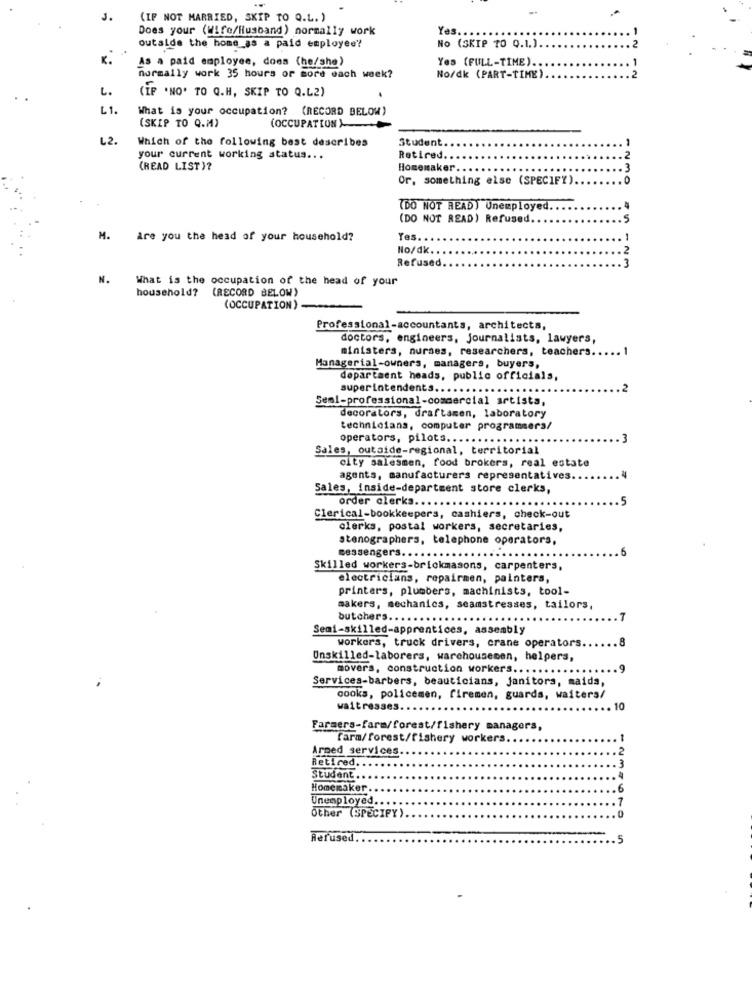
3.
(IF NOT MARRIED, SKIP TO Q.L. )
Does your (Wife/Husband) normally work
Yes ..
outside the home_as a paid employee?
No (SKIP TO Q.1.)
K.
As a paid employee, does (he/she)
Yes (FULL-TIME) ..
normally work 35 hours or more dach week?
No/dk (PART-TIME)
L.
(IF .NO. TO Q.H, SKIP TO Q.L2)
L1.
What is your occupation? (RECORD BELOW)
(SKIP TO Q.M)
(OCCUPATION)
L2.
Which of the following best describes
Student.
OWN
your current working status ...
Retired.
(READ LIST)?
Homemaker.
Or, something else (SPECIFY).
(DO NOT READ) Unemployed.
(DO NOT READ) Refused
M.
Are you the head of your household?
Yes ..
No/dk ..
Refused
N.
What is the occupation of the head of your
household? (RECORD BELOW)
(OCCUPATION)-
Professional-accountants, architects,
doctors, engineers, journalists, lawyers,
ministers, nurses, researchers, teachers.
Managerial-owners, managers, buyers,
department heads, public officials,
superintendents.
Semi-professional-commercial artists,
decorators, draftamen, laboratory
technicians, computer programmers/
operators, pilots ..
Sales, outside-regional, territorial
city salesmen, food brokers, real estate
agents, manufacturers representatives.
Sales, inside-department store clerks,
order clerks ...
Clerical-bookkeepers, cashiers, check-out
clerks, postal workers, secretaries,
stenographers, telephone operators,
messengers ... . . . .
Skilled workers-brickmasons, carpenters,
electricians, repairmen, painters,
printers, plumbers, machinists, tool-
makers, mechanics, seamstresses, tailors,
butchers ..
.7
Semi-skilled-apprentices, assembly
.8
workers, truck drivers, crane operators
Unskilled-laborers, warehousecen, helpers,
movers, construction workers ...
Services-barbers, beauticians, janitors, maida,
cooks, policemen, firemen, guards, waiters/
waitresses.
.10
Farmers-farm/forest/fishery managers,
Farm/forest/fishery workers
Arped services.
Retired ..
Student ..
..
Homemaker.
Unemployed ..
Other (SPECIFY)
234670
Rerused